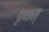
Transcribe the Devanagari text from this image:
पृथम्‌